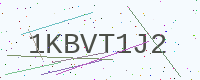
Text: 1KBVT1J2